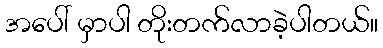
အပေါ် မှာပါ တိုးတက်လာခဲ့ပါတယ်။